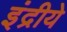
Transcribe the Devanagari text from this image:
इंद्रीये